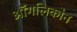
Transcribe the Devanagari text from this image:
ऑगलिकोन